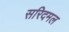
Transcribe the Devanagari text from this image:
सरिदमल